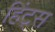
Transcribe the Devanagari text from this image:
हिंट्स